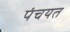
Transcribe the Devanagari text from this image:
पंचयत